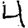
Digit: 4